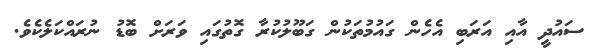
ސައުދީ އާއި އަރަބި އެހެން ގައުމުތަކުން ގަބޫލުކުރާ ގޮތުގައި ވަރަށް ބޮޑު ނުރައްކަލެކެވެ.